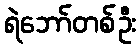
ရဲဘော်တစ်ဦး